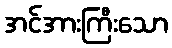
အင်အားကြီးသော